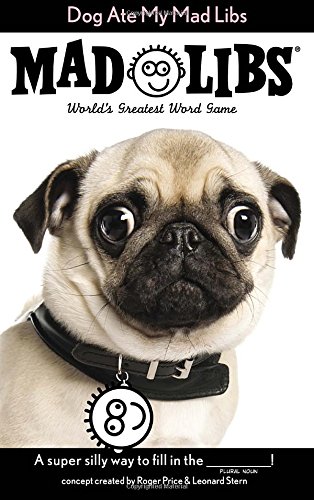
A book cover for Dog Ate My Mad Libs; Price Stern Sloan; Children's Books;